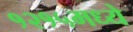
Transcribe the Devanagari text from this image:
१२१५मध्ये